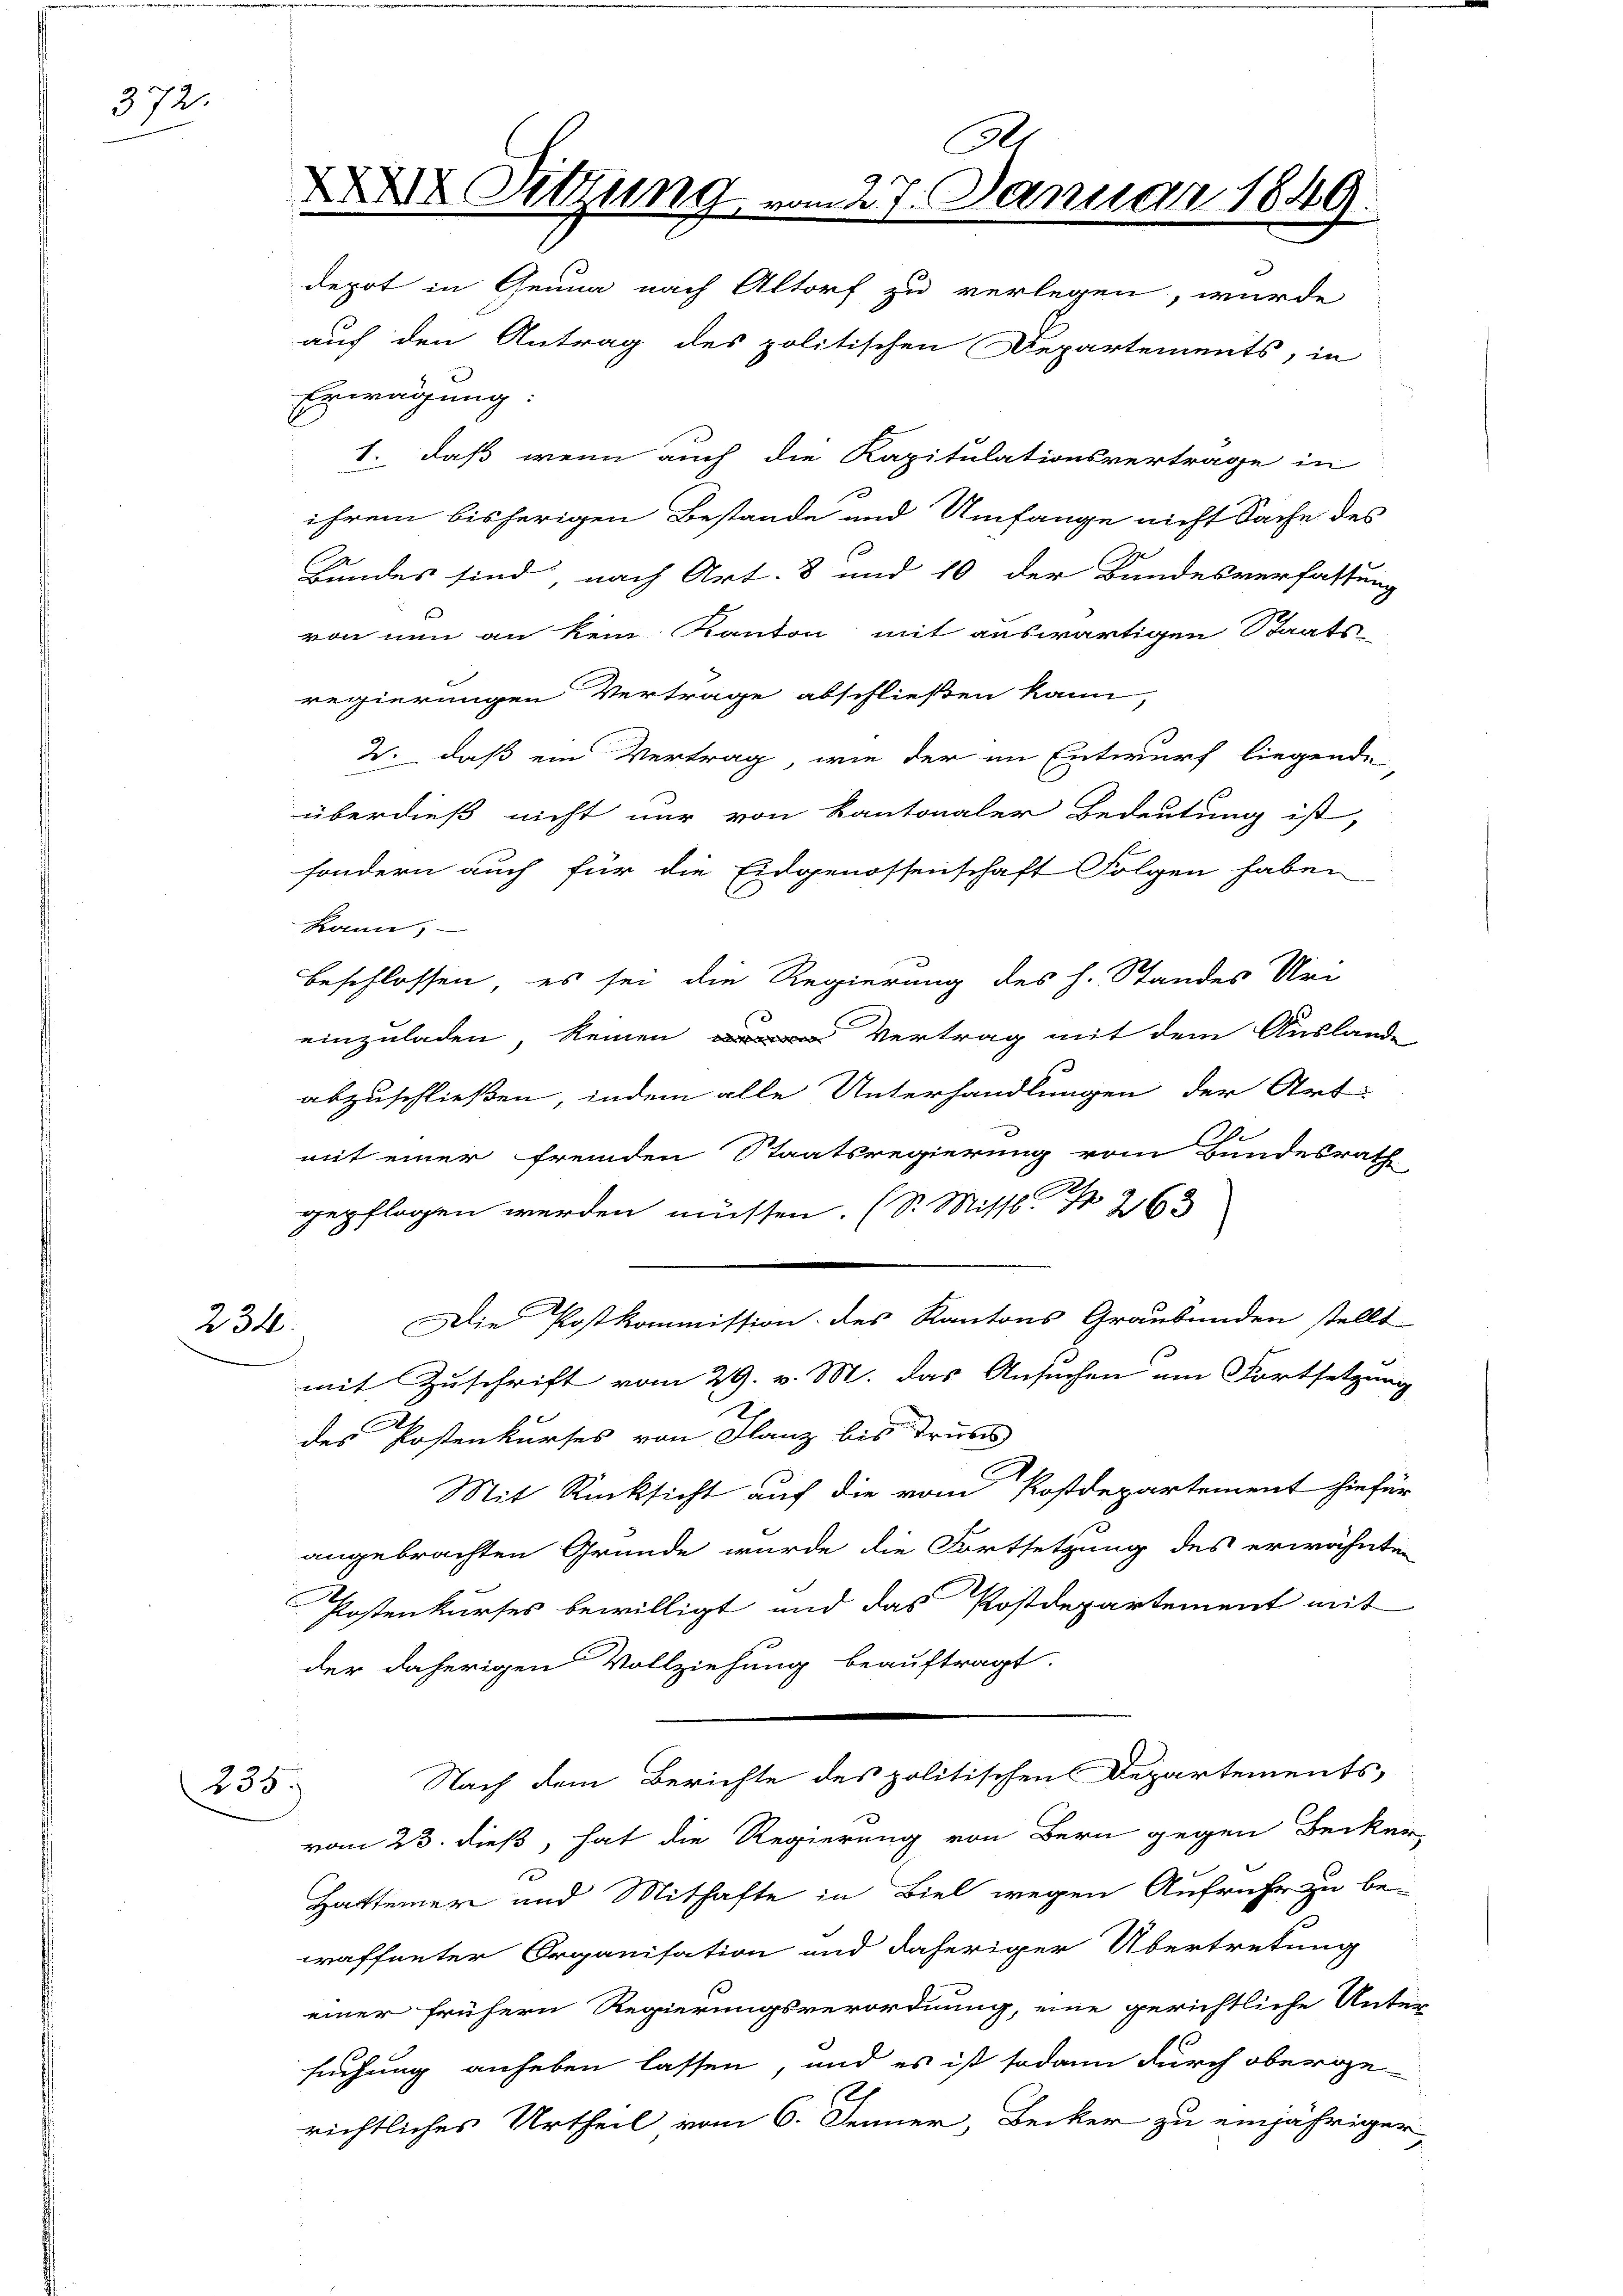
372.

234

255.

2
XXX Sitzung vom 27. Januar 1849.

depot in Genua nach Altorf zu verlegen, wurde
auch den Antrag des politischen Departements, in
Erwägung:
1. daß wenn auch die Kapitulationsvertrage in
ihrem bisherigen Bestande und Umfange nicht Sache des
Bundes sind, nach Art. 8 und 10 der Bundesverfassung
von nun an kein Kanton mit auswärtigen Staats-
regierungen Vertrage abschließen kann,
2., daß ein Vertrag, wie der im Entwurf liegende,
überdieß nicht nur von Kantonaler Bedeutung ist,
sondern auch für die Eidgenossenschaft Folgen haben
kann,
beschlossen, es sei die Regierung des h. Standes Uri
einzuladen, keinen Vertrag mit dem Auslande
abzuschließen, indem alle Unterhandlungen der Art
mit einer fremden Staatsregierung vom Bundesrath
gepflogen werden müssen. (S. Missl Nr. 263
Die Postkommission des Kantons Graubünden stellt
mit Zuschrift vom 29. v. M. das Ansuchen um Fortsetzung
des Postenkurses von Glanz bis Trubs
Mit Rücksicht auf die vom Postdepartement hiefür
angebrachten Gründe wurde die Fortsetzung des erwähnten
Postenkurses bewilligt und das Postdepartement mit
der daherigen Vollziehung beauftragt.
Nach dem Berichte des politischen Departements-
vom 23. dieß, hat die Regierung von Bern gegen Becker
Hattener und Mithafte in Biel wegen Aufruhe zu be-
waffneter Organisation und daheriger Übertretung
einer frühern Regierungsverordnung, eine gerichtliche Unter-
suchung anheben lassen, und es ist sodann durch oberge-
richtliches Urtheil vom 6. Jenner, Becker zu einjähriger